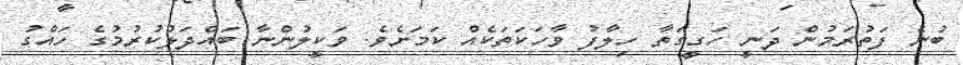
ބުނެ ފަތުރަމުން ދަނީ ހަގީގަތާ ހިލާފު ވާހަކަތަކެއް ކަމަށެވެ. ވަކީލުންނާ ބައްދަލުކުރުމުގެ ހައްގު